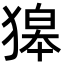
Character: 獆